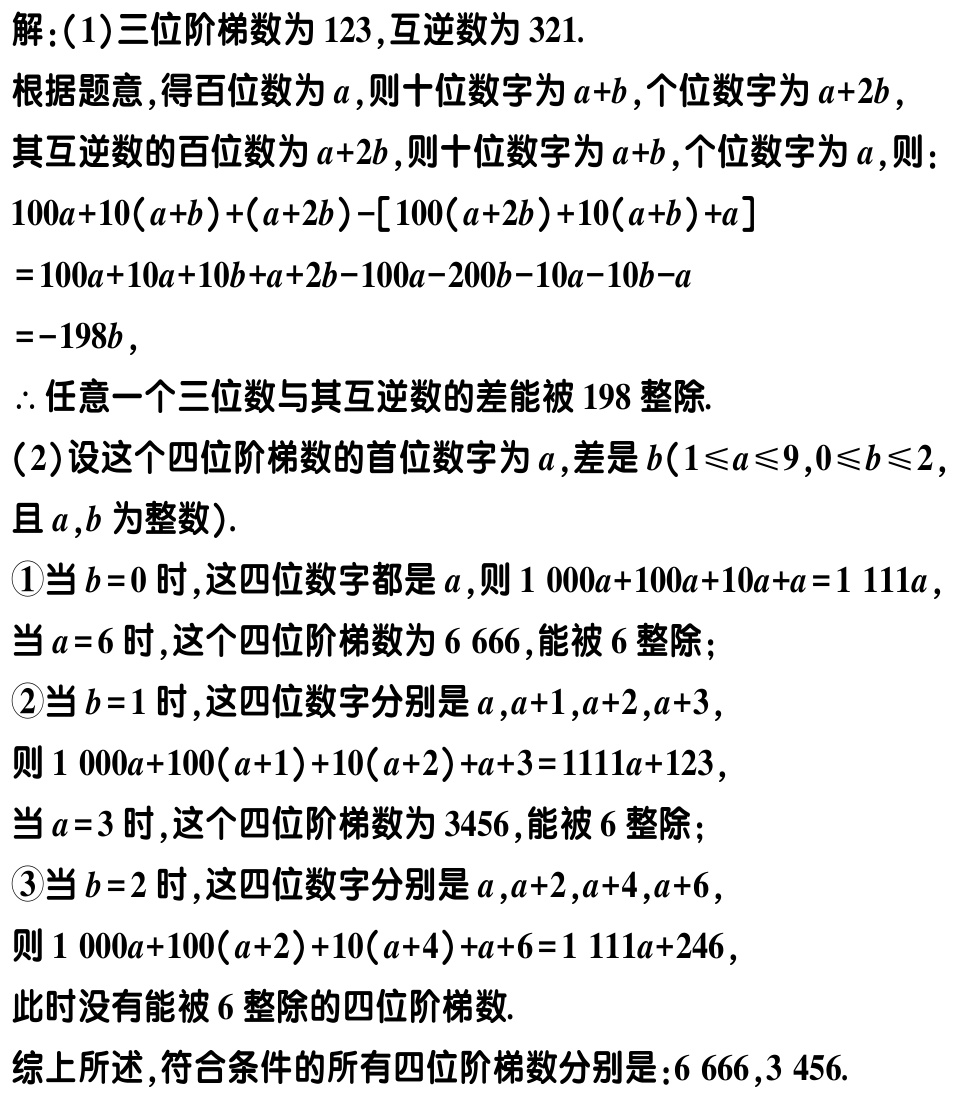
解：(1)三位阶梯数为\(123\)，互逆数为\(321\).
根据题意，得百位数为\(a\)，则十位数字为\(a + b\)，个位数字为\(a + 2b\)，
其互逆数的百位数为\(a + 2b\)，则十位数字为\(a + b\)，个位数字为\(a\)，则：
\[
\begin{align*}
&100a + 10(a + b)+(a + 2b)-[100(a + 2b)+10(a + b)+a]\\
=&100a + 10a+10b + a + 2b-100a-200b-10a-10b - a\\
=&-198b,
\end{align*}
\]
\(\therefore\)任意一个三位数与其互逆数的差能被\(198\)整除.

(2)设这个四位阶梯数的首位数字为\(a\)，差是\(b(1\leqslant a\leqslant9,0\leqslant b\leqslant2\)且\(a,b\)为整数).
\textcircled{1}当\(b = 0\)时，这四位数字都是\(a\)，则\(1000a + 100a+10a + a = 1111a\)，
当\(a = 6\)时，这个四位阶梯数为\(6666\)，能被\(6\)整除；
\textcircled{2}当\(b = 1\)时，这四位数字分别是\(a,a + 1,a + 2,a + 3\)，
则\(1000a+100(a + 1)+10(a + 2)+a + 3=1111a + 123\)，
当\(a = 3\)时，这个四位阶梯数为\(3456\)，能被\(6\)整除；
\textcircled{3}当\(b = 2\)时，这四位数字分别是\(a,a + 2,a + 4,a + 6\)，
则\(1000a+100(a + 2)+10(a + 4)+a + 6=1111a + 246\)，
此时没有能被\(6\)整除的四位阶梯数.

综上所述，符合条件的所有四位阶梯数分别是：\(6666,3456\).